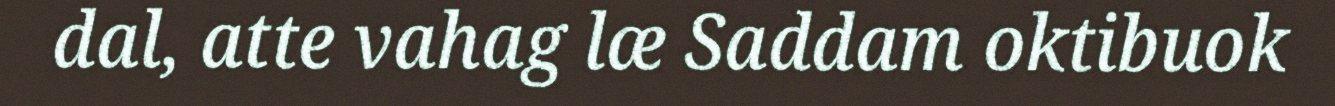
dal, atte vahag læ Saddam oktibuok